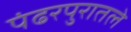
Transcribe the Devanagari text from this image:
पंढरपुरातले